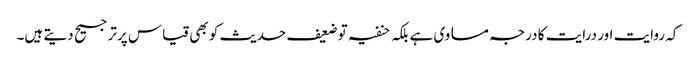
کہ روایت اور درایت کا درجہ مساوی ہے بلکہ حنفیہ توضعیف حدیث کو بھی قیاس پرترجیح دیتے ہیں۔